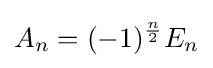
A_{n}=(-1)^{\frac {n}{2}}E_{n}